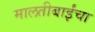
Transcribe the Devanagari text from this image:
मालतीबाईंचा